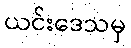
ယင်းဒေသမှ